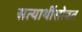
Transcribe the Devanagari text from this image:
सत्यार्थीसोबत